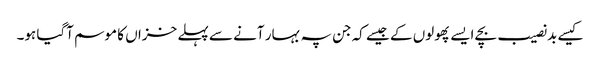
کیسے بد نصیب بچے ایسے پھولوں کے جیسے کہ جن پہ بہار آنے سے پہلے خزاں کا موسم آگیا ہو۔